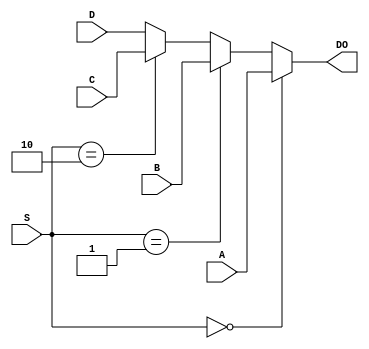
`timescale 1ns / 1ps
//////////////////////////////////////////////////////////////////////////////////
// Company: 
// Engineer: 
// 
// Design Name: 
// Module Name:    MUX64_16 
// Project Name: 
// Target Devices: 
// Tool versions: 
// Description: 
//
// Dependencies: 
//
// Revision: 
// Revision 0.01 - File Created
// Additional Comments: 
//
//////////////////////////////////////////////////////////////////////////////////
module MUX64_16(
    input [15:0] A,	output wire[15:0] DO,
    input [15:0] B,
    input [15:0] C,
    input [15:0] D,
    input [1:0] S);
assign DO = (S==0)?  A :
				(S==1)? 	B :
				(S==2)? 	C : D ;  
endmodule